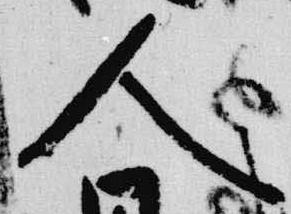
人